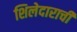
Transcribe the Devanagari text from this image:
शिलेदाराची